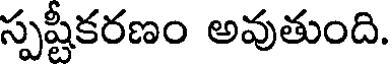
స్పష్టీకరణం అవుతుంది.